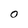
Character: O